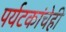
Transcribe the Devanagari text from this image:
पर्यटकांचेही